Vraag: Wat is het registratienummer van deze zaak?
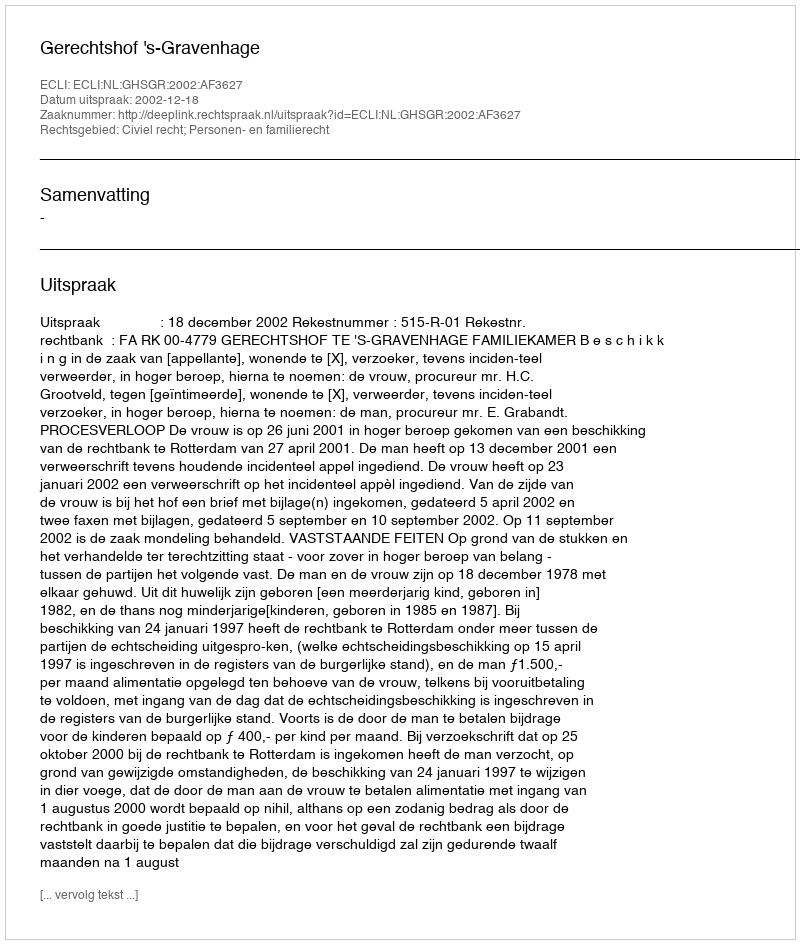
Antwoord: http://deeplink.rechtspraak.nl/uitspraak?id=ECLI:NL:GHSGR:2002:AF3627